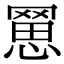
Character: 𦋮